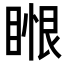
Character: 𥈥